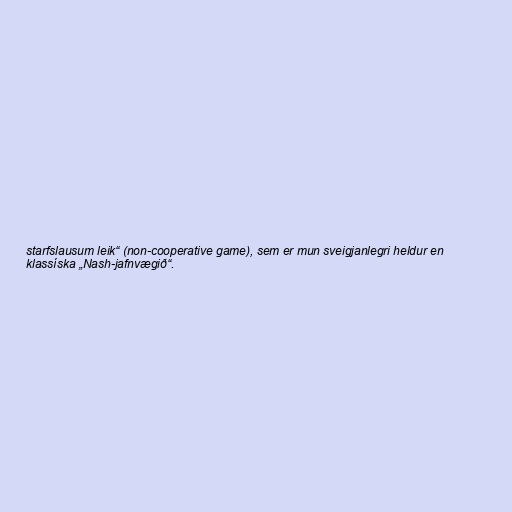
starfslausum leik“ (non-cooperative game), sem er mun sveigjanlegri heldur en
klassíska „Nash-jafnvægið“.